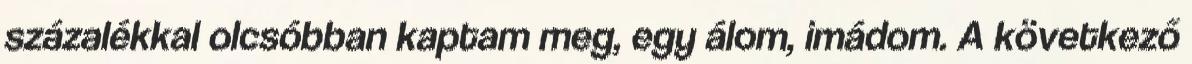
százalékkal olcsóbban kaptam meg, egy álom, imádom. A következő